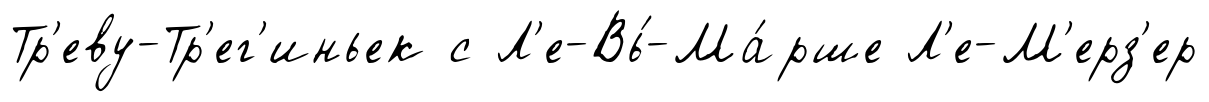
Тр'еву-Тр'ег'иньек с Л'е-Вь́-Ма́рше Л'е-М'ерз'ер